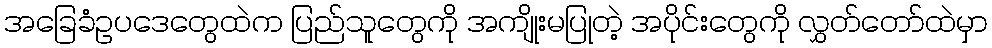
အခြေခံဥပဒေတွေထဲက ပြည်သူတွေကို အကျိုးမပြုတဲ့ အပိုင်းတွေကို လွှတ်တော်ထဲမှာ